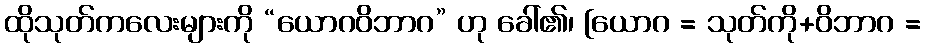
ထိုသုတ်ကလေးများကို “ယောဂဝိဘာဂ” ဟု ခေါ်၏၊ [ယောဂ = သုတ်ကို+ဝိဘာဂ =